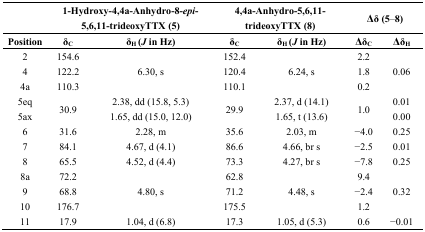
|  | <COLSPAN=2> 1-Hydroxy-4,4a-Anhydro-8-epi-5,6,11-trideoxyTTX (5) | <COLSPAN=2> 4,4a-Anhydro-5,6,11-trideoxyTTX (8) | <COLSPAN=2> Δδ (5–8) |
 | Position | δC | δH (J in Hz) | δC | δH (J in Hz) | ΔδC | ΔδH |
 | --- | --- | --- | --- | --- | --- | --- |
 | 2 | 154.6 |  | 152.4 |  | 2.2 |  |
 | 4 | 122.2 | 6.30, s | 120.4 | 6.24, s | 1.8 | 0.06 |
 | 4a | 110.3 |  | 110.1 |  | 0.2 |  |
 | 5eq | <ROWSPAN=2> 30.9 | 2.38, dd (15.8, 5.3) | <ROWSPAN=2> 29.9 | 2.37, d (14.1) | <ROWSPAN=2> 1.0 | 0.01 |
 | 5ax | 1.65, dd (15.0, 12.0) | 1.65, t (13.6) | 0.00 |
 | 6 | 31.6 | 2.28, m | 35.6 | 2.03, m | −4.0 | 0.25 |
 | 7 | 84.1 | 4.67, d (4.1) | 86.6 | 4.66, br s | −2.5 | 0.01 |
 | 8 | 65.5 | 4.52, d (4.4) | 73.3 | 4.27, br s | −7.8 | 0.25 |
 | 8a | 72.2 |  | 62.8 |  | 9.4 |  |
 | 9 | 68.8 | 4.80, s | 71.2 | 4.48, s | −2.4 | 0.32 |
 | 10 | 176.7 |  | 175.5 |  | 1.2 |  |
 | 11 | 17.9 | 1.04, d (6.8) | 17.3 | 1.05, d (5.3) | 0.6 | −0.01 |